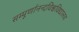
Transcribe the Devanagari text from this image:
सम्पूर्णानन्दविश्वविद्यालय